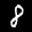
Label: 8